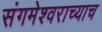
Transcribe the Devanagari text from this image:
संगमेश्वराच्याच